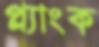
প্ল্যাংক